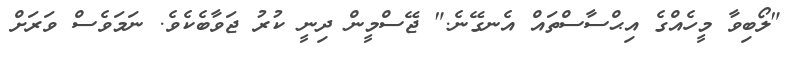
"ލޯބިވާ މީހެއްގެ އިޙްސާސްތައް އެނގޭނެ." ޖޭސްމީން ދިނީ ކުރު ޖަވާބެކެވެ. ނަމަވެސް ވަރަށް